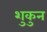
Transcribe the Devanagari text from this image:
शुकुन